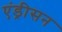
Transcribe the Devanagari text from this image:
एंड्रीसन